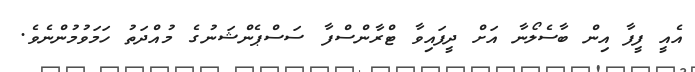
އެއީ ފީފާ އިން ބާސެލޯނާ އަށް ދީފައިވާ ޓްރާންސްފާ ސަސްޕެންޝަނުގެ މުއްދަތު ހަމަވުމުންނެވެ.